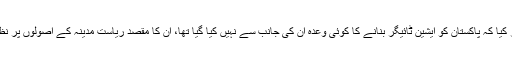
انہوں نے یہ موقف بھی اختیار کیا کہ پاکستان کو ایشین ٹائیگر بنانے کا کوئی وعدہ ان کی جانب سے نہیں کیا گیا تھا، ان کا مقصد ریاستِ مدینہ کے اصولوں پر نظامِ مملکت کو استوار کرنا تھا۔